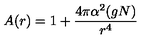
A ( r ) = 1 + { \frac { 4 \pi \alpha ^ { 2 } ( g N ) } { r ^ { 4 } } }